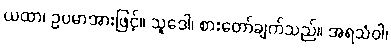
ယထာ၊ ဥပမာအားဖြင့်။ သူဒေါ၊ စားတော်ချက်သည်။ အရသံဝါ၊